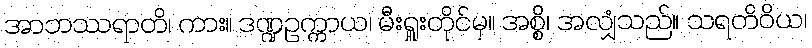
အာဘဿရာတိ၊ ကား။ ဒဏ္ဍဥက္ကာယ၊ မီးရှူးတိုင်မှ။ အစ္စိ၊ အလျှံသည်။ သရတိဝိယ၊